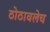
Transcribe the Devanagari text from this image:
ठोठावलेच